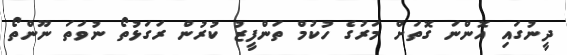
ދީނުގައި އޮންނަ ގޮތަށް މަރުގެ ހުކުމް ތަންފީޒު ކުރުން ރަގަޅުތޯ ނުވަތަ ނޫންތޯ